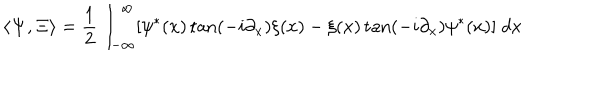
\langle { \bf \Psi } , { \bf \Xi } \rangle = \frac 1 2 \int _ { - \infty } ^ { \infty } [ \psi ^ { * } ( x ) \tan ( - i \partial _ { x } ) \xi ( x ) - \xi ( x ) \tan ( - i \partial _ { x } ) \psi ^ { * } ( x ) ] \; d x